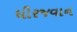
ધીરજવાન